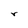
Character: r